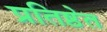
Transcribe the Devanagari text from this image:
प्रतिष्ठेत